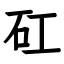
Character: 矼